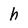
Character: h